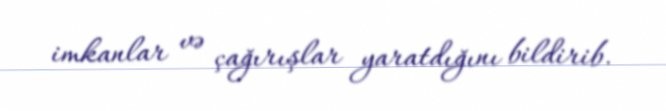
imkanlar və çağırışlar yaratdığını bildirib.